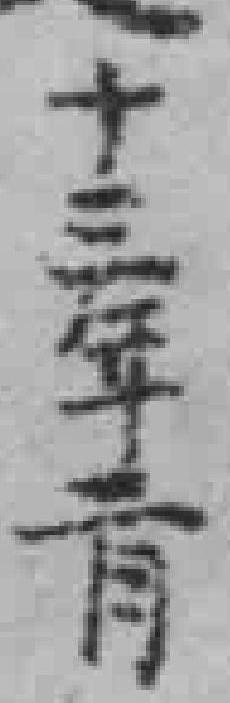
十三年二月